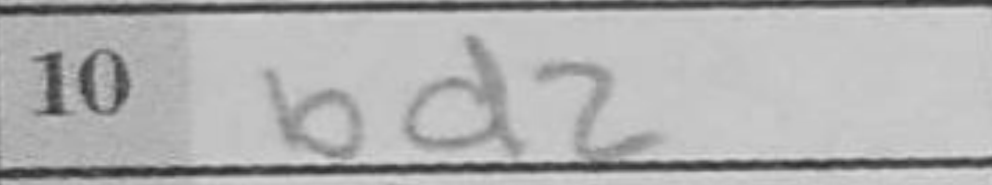
Transcription: Bd2